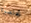
تخلصوا